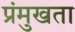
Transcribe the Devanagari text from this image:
प्रंमुखता